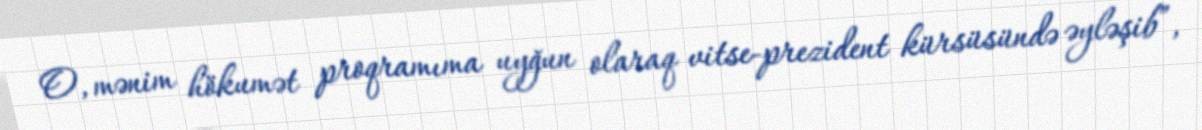
O, mənim hökumət proqramıma uyğun olaraq vitse-prezident kürsüsündə əyləşib”,